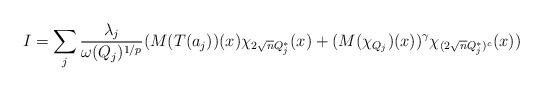
LaTeX: \begin{align*}\begin{aligned}\uppercase\expandafter{\romannumeral1}=\sum\limits_{j}\frac{\lambda_{j}}{\omega(Q_{j})^{1/p}}(M(T(a_{j}))(x)\chi_{2\sqrt{n}Q_{j}^{*}}(x)+(M(\chi_{Q_{j}})(x))^{\gamma}\chi_{(2\sqrt{n}Q_{j}^{*})^{c}}(x))\end{aligned}\end{align*}